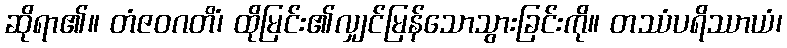
ဆိုရာ၏။ တံဇဝဂတိံ၊ ထိုမြင်း၏လျှင်မြန်သောသွားခြင်းကို။ တဿံပရိဿာယံ၊